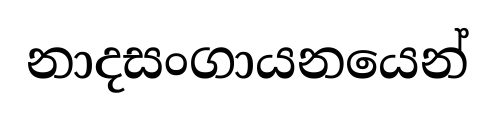
නාදසංගායනයෙන්